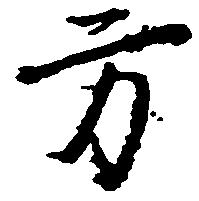
方